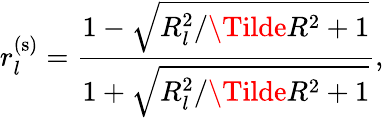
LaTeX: r_{l}^{(\mathrm{s})}=\frac{1-\sqrt{R_{l}^{2}/\Tilde{R}^{2}+1}}{1+\sqrt{R_{l}^{2}/\Tilde{R}^{2}+1}},